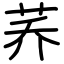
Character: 荞